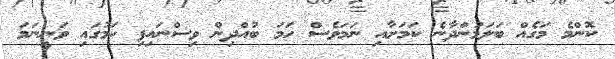
ކޮންމެ މަގެއް ބަލަމުންދާނެ ކަމަށާއި ނަމަވެސް ހަމަ ބުއްދިން ވިސްނައިފި ކަމުގައި ވަނީނަމަ